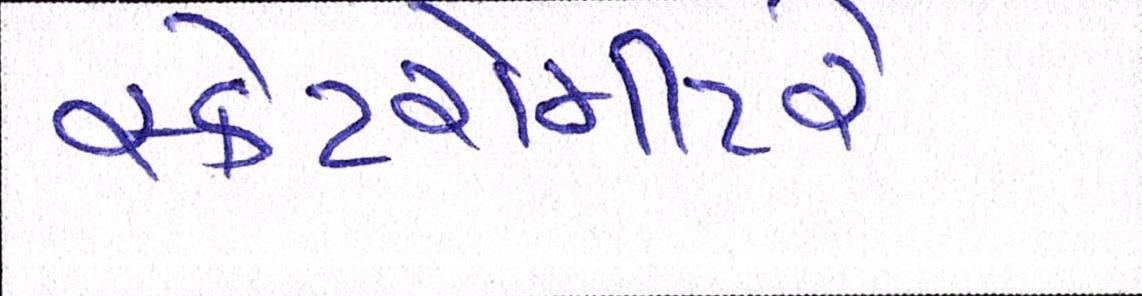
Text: સ્કેટરોમીટરે